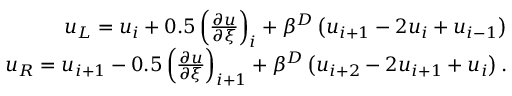
\begin{array} { r } { u _ { L } = u _ { i } + 0 . 5 \left( \frac { \partial u } { \partial \xi } \right) _ { i } + \beta ^ { D } \left( u _ { i + 1 } - 2 u _ { i } + u _ { i - 1 } \right) } \\ { \quad u _ { R } = u _ { i + 1 } - 0 . 5 \left( \frac { \partial u } { \partial \xi } \right) _ { i + 1 } + \beta ^ { D } \left( u _ { i + 2 } - 2 u _ { i + 1 } + u _ { i } \right) . } \end{array}